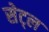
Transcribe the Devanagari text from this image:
सेट्ल